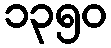
၁၃၅၀